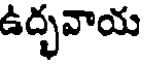
ఉద్భవాయ